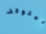
ليتوقف